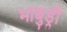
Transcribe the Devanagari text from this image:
भाबुड्री